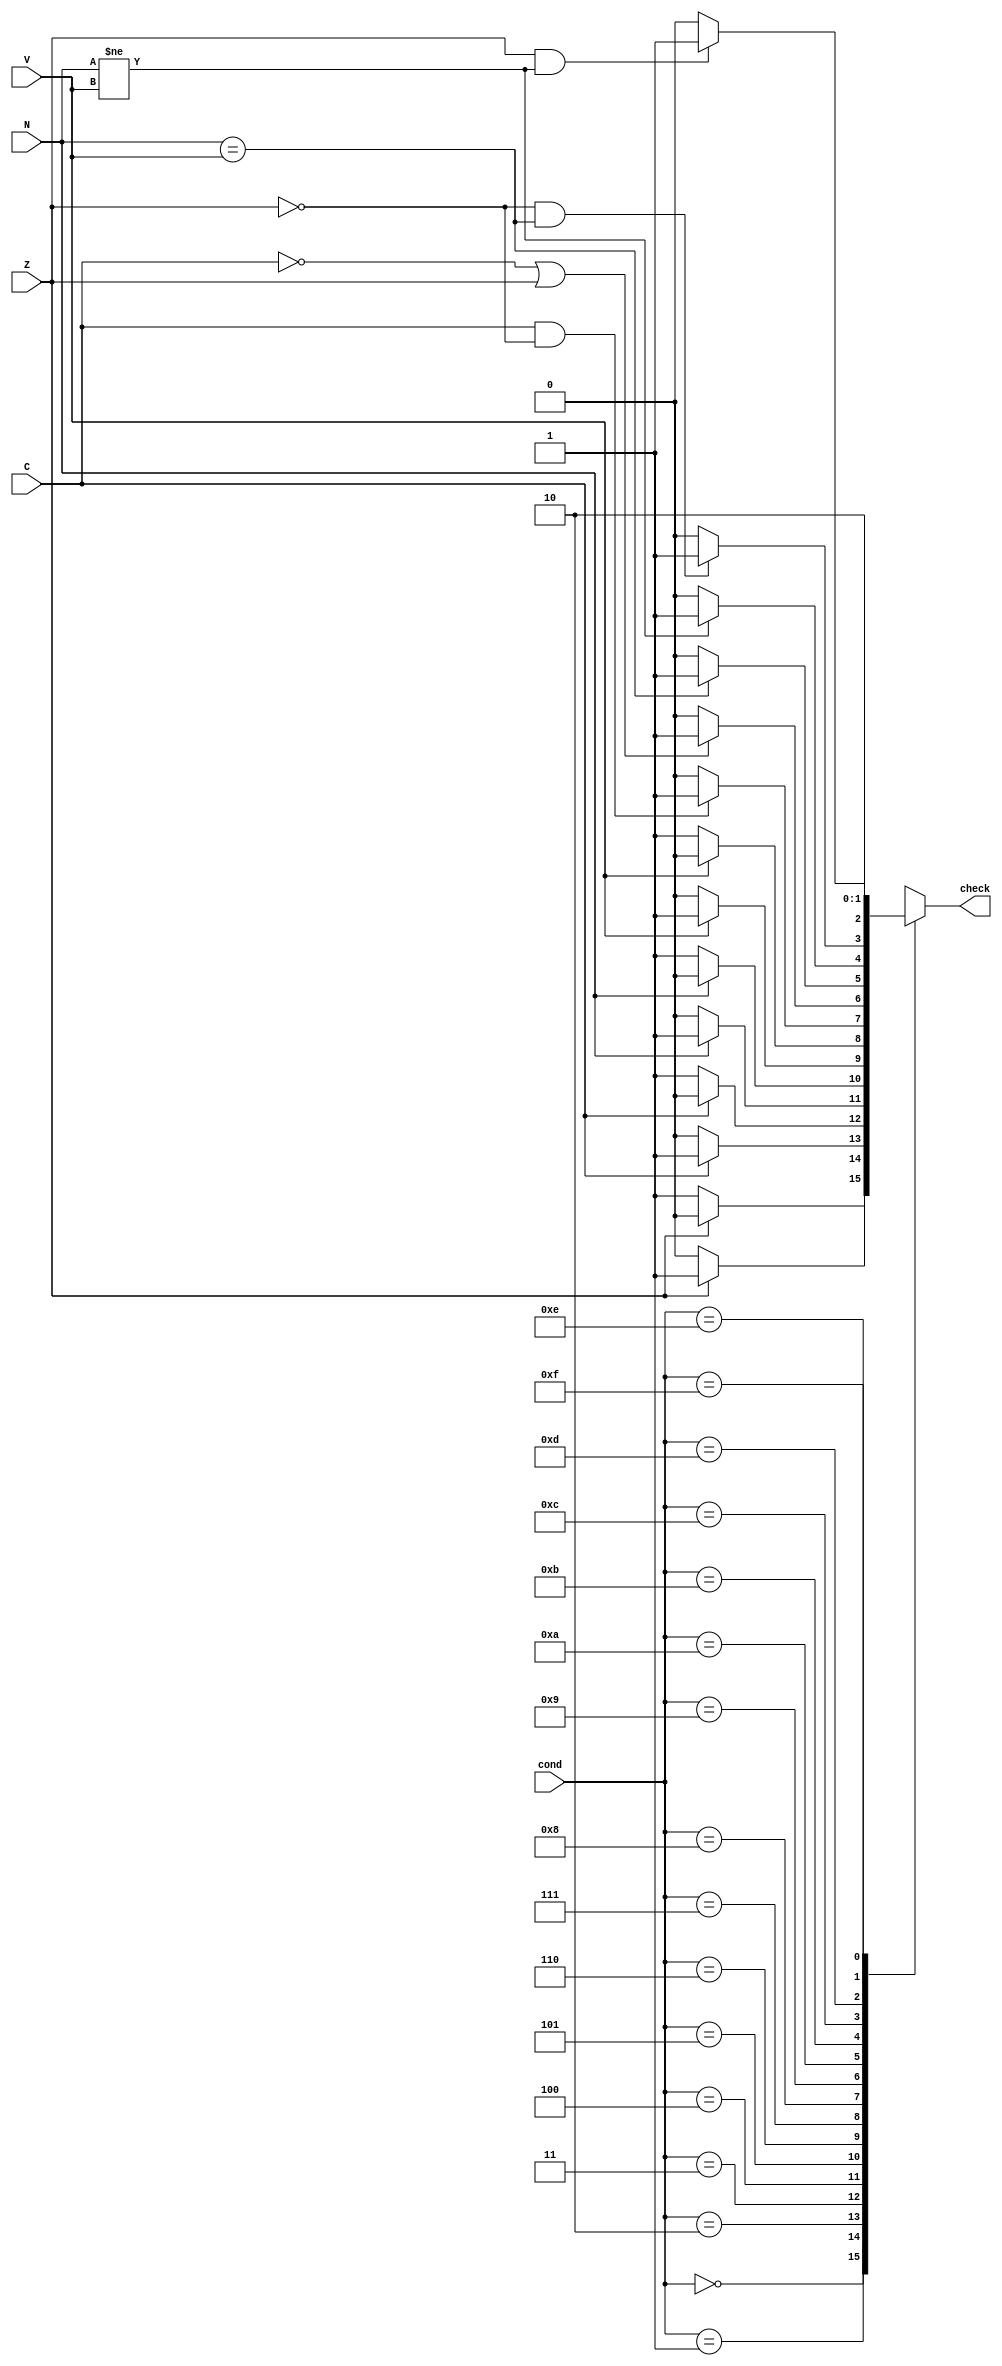
module Condition_Check(
    input N, Z, C, V,
    input [3:0] cond,
    output reg check
    );

    always @(*) begin
        case(cond)
            4'b0000 : check = (Z == 1) ? 1'b1 : 1'b0;
            4'b0001 : check = (Z == 0) ? 1'b1 : 1'b0;
            4'b0010 : check = (C == 1) ? 1'b1 : 1'b0;
            4'b0011 : check = (C == 0) ? 1'b1 : 1'b0;
            4'b0100 : check = (N == 1) ? 1'b1 : 1'b0;
            4'b0101 : check = (N == 0) ? 1'b1 : 1'b0;
            4'b0110 : check = (V == 1) ? 1'b1 : 1'b0;
            4'b0111 : check = (V == 0) ? 1'b1 : 1'b0;
            4'b1000 : check = (C == 1 && Z == 0) ? 1'b1 : 1'b0;
            4'b1001 : check = (C == 0 || Z == 1) ? 1'b1 : 1'b0;
            4'b1010 : check = (N == V) ? 1'b1 : 1'b0;
            4'b1011 : check = (N != V) ? 1'b1 : 1'b0;
            4'b1100 : check = (Z == 0 && N == V) ? 1'b1 : 1'b0;
            4'b1101 : check = (Z == 1 && N != V) ? 1'b1 : 1'b0;
            4'b1110 : check = 1'b1;
            4'b1111 : check = 1'b0;
        endcase
    end
    
endmodule